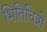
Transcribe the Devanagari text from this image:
भितिचित्रों